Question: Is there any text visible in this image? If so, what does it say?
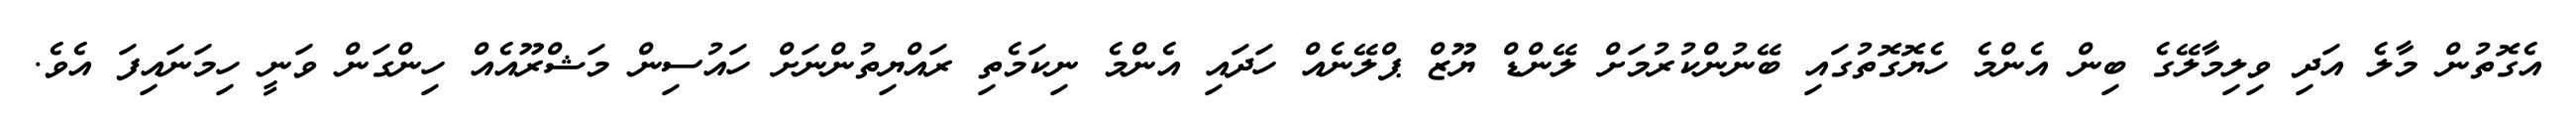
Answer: އެގޮތުން މާލެ އަދި ވިލިމާލޭގެ ބިން އެންމެ ހެޔޮގޮތުގައި ބޭނުންކުރުމަށް ލޭންޑް ޔޫޒް ޕްލޭނެއް ހަދައި އެންމެ ނިކަމެތި ރައްޔިތުންނަށް ހައުސިން މަޝްރޫއެއް ހިންގަން ވަނީ ހިމަނައިފަ އެވެ.